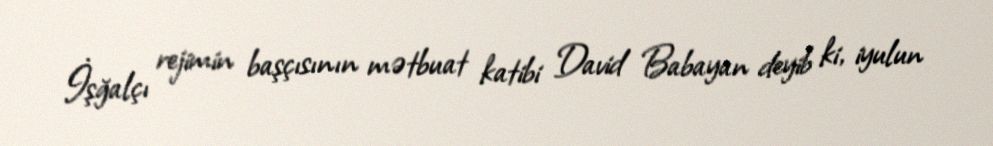
İşğalçı rejimin başçısının mətbuat katibi David Babayan deyib ki, iyulun